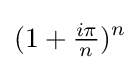
(1+{\tfrac {i\pi }{n}})^{n}